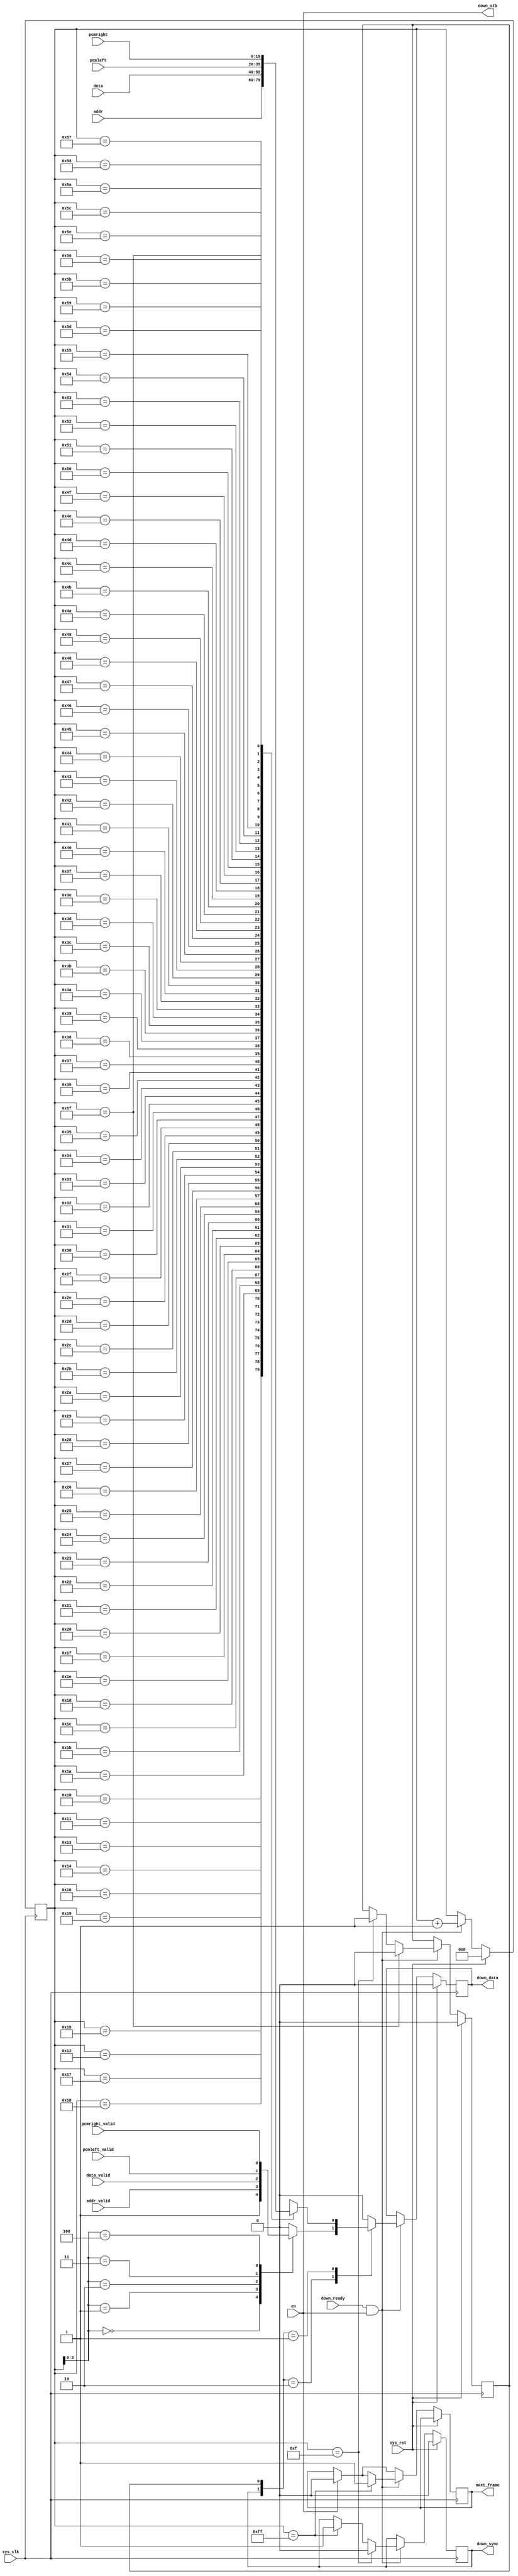
/*
 * Milkymist SoC
 * Copyright (C) 2007, 2008, 2009 Sebastien Bourdeauducq
 *
 * This program is free software: you can redistribute it and/or modify
 * it under the terms of the GNU General Public License as published by
 * the Free Software Foundation, version 3 of the License.
 *
 * This program is distributed in the hope that it will be useful,
 * but WITHOUT ANY WARRANTY; without even the implied warranty of
 * MERCHANTABILITY or FITNESS FOR A PARTICULAR PURPOSE.  See the
 * GNU General Public License for more details.
 *
 * You should have received a copy of the GNU General Public License
 * along with this program.  If not, see <http://www.gnu.org/licenses/>.
 */

module ac97_framer(
	input sys_clk,
	input sys_rst,
	
	/* to transceiver */
	input down_ready,
	output down_stb,
	output reg down_sync,
	output reg down_data,
	
	/* frame data */
	input en,
	output reg next_frame,
	input addr_valid,
	input [19:0] addr,
	input data_valid,
	input [19:0] data,
	input pcmleft_valid,
	input [19:0] pcmleft,
	input pcmright_valid,
	input [19:0] pcmright
);

reg [7:0] bitcounter;

reg slot_bit;
always @(*) begin
	case(bitcounter)
		8'd16: slot_bit = addr[19];
		8'd17: slot_bit = addr[18];
		8'd18: slot_bit = addr[17];
		8'd19: slot_bit = addr[16];
		8'd20: slot_bit = addr[15];
		8'd21: slot_bit = addr[14];
		8'd22: slot_bit = addr[13];
		8'd23: slot_bit = addr[12];
		8'd24: slot_bit = addr[11];
		8'd25: slot_bit = addr[10];
		8'd26: slot_bit = addr[9];
		8'd27: slot_bit = addr[8];
		8'd28: slot_bit = addr[7];
		8'd29: slot_bit = addr[6];
		8'd30: slot_bit = addr[5];
		8'd31: slot_bit = addr[4];
		8'd32: slot_bit = addr[3];
		8'd33: slot_bit = addr[2];
		8'd34: slot_bit = addr[1];
		8'd35: slot_bit = addr[0];
		
		8'd36: slot_bit = data[19];
		8'd37: slot_bit = data[18];
		8'd38: slot_bit = data[17];
		8'd39: slot_bit = data[16];
		8'd40: slot_bit = data[15];
		8'd41: slot_bit = data[14];
		8'd42: slot_bit = data[13];
		8'd43: slot_bit = data[12];
		8'd44: slot_bit = data[11];
		8'd45: slot_bit = data[10];
		8'd46: slot_bit = data[9];
		8'd47: slot_bit = data[8];
		8'd48: slot_bit = data[7];
		8'd49: slot_bit = data[6];
		8'd50: slot_bit = data[5];
		8'd51: slot_bit = data[4];
		8'd52: slot_bit = data[3];
		8'd53: slot_bit = data[2];
		8'd54: slot_bit = data[1];
		8'd55: slot_bit = data[0];
		
		8'd56: slot_bit = pcmleft[19];
		8'd57: slot_bit = pcmleft[18];
		8'd58: slot_bit = pcmleft[17];
		8'd59: slot_bit = pcmleft[16];
		8'd60: slot_bit = pcmleft[15];
		8'd61: slot_bit = pcmleft[14];
		8'd62: slot_bit = pcmleft[13];
		8'd63: slot_bit = pcmleft[12];
		8'd64: slot_bit = pcmleft[11];
		8'd65: slot_bit = pcmleft[10];
		8'd66: slot_bit = pcmleft[9];
		8'd67: slot_bit = pcmleft[8];
		8'd68: slot_bit = pcmleft[7];
		8'd69: slot_bit = pcmleft[6];
		8'd70: slot_bit = pcmleft[5];
		8'd71: slot_bit = pcmleft[4];
		8'd72: slot_bit = pcmleft[3];
		8'd73: slot_bit = pcmleft[2];
		8'd74: slot_bit = pcmleft[1];
		8'd75: slot_bit = pcmleft[0];
		
		8'd76: slot_bit = pcmright[19];
		8'd77: slot_bit = pcmright[18];
		8'd78: slot_bit = pcmright[17];
		8'd79: slot_bit = pcmright[16];
		8'd80: slot_bit = pcmright[15];
		8'd81: slot_bit = pcmright[14];
		8'd82: slot_bit = pcmright[13];
		8'd83: slot_bit = pcmright[12];
		8'd84: slot_bit = pcmright[11];
		8'd85: slot_bit = pcmright[10];
		8'd86: slot_bit = pcmright[9];
		8'd87: slot_bit = pcmright[8];
		8'd88: slot_bit = pcmright[7];
		8'd89: slot_bit = pcmright[6];
		8'd90: slot_bit = pcmright[5];
		8'd91: slot_bit = pcmright[4];
		8'd92: slot_bit = pcmright[3];
		8'd93: slot_bit = pcmright[2];
		8'd94: slot_bit = pcmright[1];
		8'd95: slot_bit = pcmright[0];
		default: slot_bit = 1'bx;
	endcase
end

reg in_slot;

always @(posedge sys_clk) begin
	if(sys_rst) begin
		bitcounter <= 8'd0;
		down_sync <= 1'b0;
		down_data <= 1'b0;
		in_slot <= 1'b0;
	end else begin
		if(en)
			next_frame <= 1'b0;
		if(down_ready & en) begin
			if(bitcounter == 8'd255)
				next_frame <= 1'b1;
			
			if(bitcounter == 8'd255)
				down_sync <= 1'b1;
			if(bitcounter == 8'd15)
				down_sync <= 1'b0;
			
			if(bitcounter == 8'd15)
				in_slot <= 1'b1;
			if(bitcounter == 8'd95)
				in_slot <= 1'b0;
			
			case({down_sync, in_slot})
				2'b10: begin
					/* Tag */
					case(bitcounter[3:0])
						4'h0: down_data <= 1'b1;		// Frame valid
						4'h1: down_data <= addr_valid;		// Slot 1 valid
						4'h2: down_data <= data_valid;		// Slot 2 valid
						4'h3: down_data <= pcmleft_valid;	// Slot 3 valid
						4'h4: down_data <= pcmright_valid;	// Slot 4 valid
						default: down_data <= 1'b0;
					endcase
					//$display("PCMRIGHT_V: %b", pcmright_valid);
				end
				2'b01:
					/* Active slot */
					down_data <= slot_bit;
				default: down_data <= 1'b0;
			endcase
			
			bitcounter <= bitcounter + 8'd1;
		end
	end
end

assign down_stb = en;

endmodule